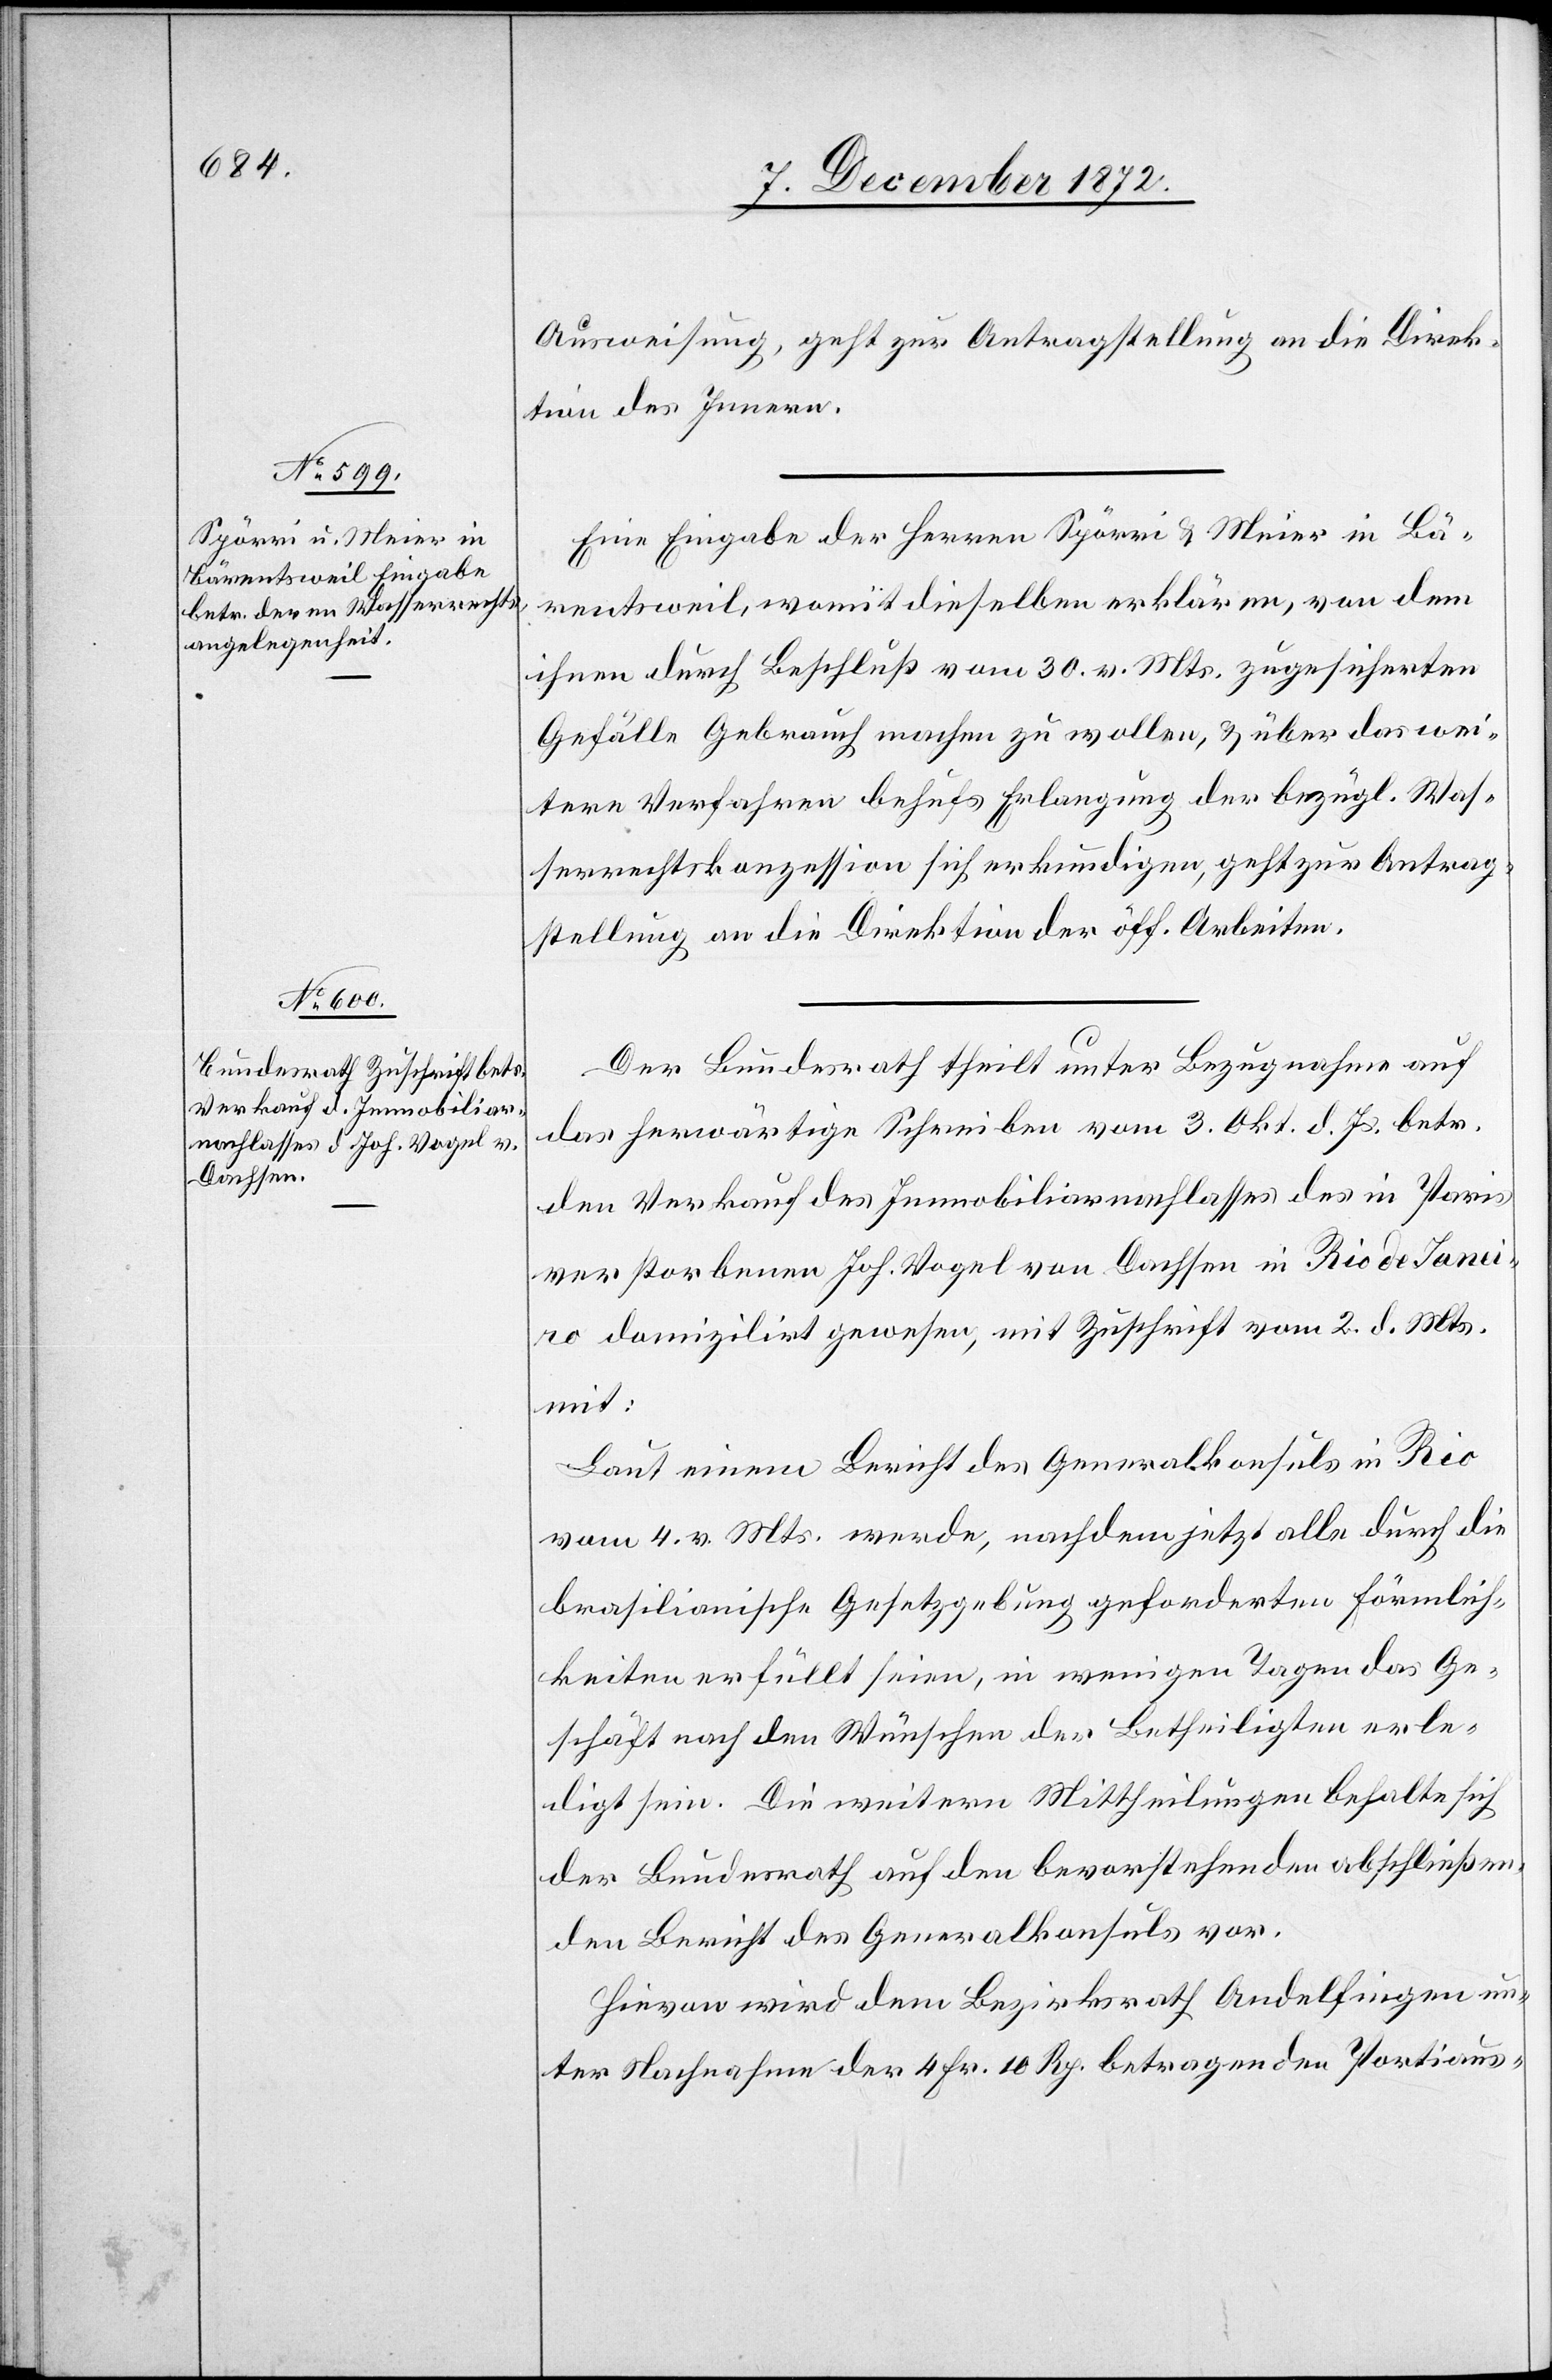
7. December 1872.]
Ausweisung, geht zur Antragstellung an die Direk¬
tion des Innern.
Eine Eingabe der Herren Spörri u. Meier in Bä¬
rentsweil, womit dieselben erklären, von dem
ihnen durch Beschluß vom 30. v. Mts. zugesicherten
Gefälle Gebrauch machen zu wollen, u. über das wei¬
tere Verfahren behufs Erlangung der bezügl. Was¬
serrechtskonzession sich erkundigen, geht zur Antrag¬
stellung an die Direktion der öff. Arbeiten.
Der Bundesrath theilt unter Bezugnahme auf
das herwärtige Schreiben vom 3. Okt. d. Js. betr.
den Verkauf des Immobiliarnachlasses des in Paris
verstorbenen Joh. Vogel von Dachsen in Rio de Janei¬
ro domilizirt gewesen, mit Zuschrift vom 2. d. Mts.
mit:
Laut einem Bericht des Generalkonsuls in Rio
vom 4. v. Mts. werde, nachdem jetzt alle durch die
brasilianische Gesetzgebung geforderte Förmlich¬
keiten erfüllt seien, in wenigen Tagen das Ge¬
schäft nach den Wünschen der Betheiligten erle¬
digt sein. Die weitern Mittheilungen behalte sich
der Bundesrath auf den bevorstehenden abschließen¬
den Bericht des Generalkonsuls vor.
Hievon wird dem Bezirksrath Andelfingen un¬
ter Nachnahme der 4 Fr. 10 Rp. betragenden Portiaus-